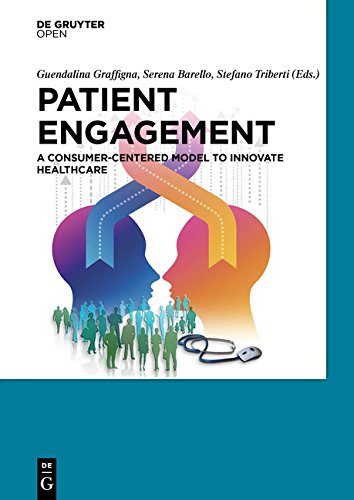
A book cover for Patient Engagement; Guendalina Graffigna; Medical Books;